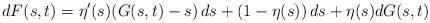
LaTeX: \begin{align*}dF(s, t)&=\eta'(s)(G(s, t)-s)\,ds+(1-\eta(s))\,ds+\eta(s)dG(s, t)\end{align*}